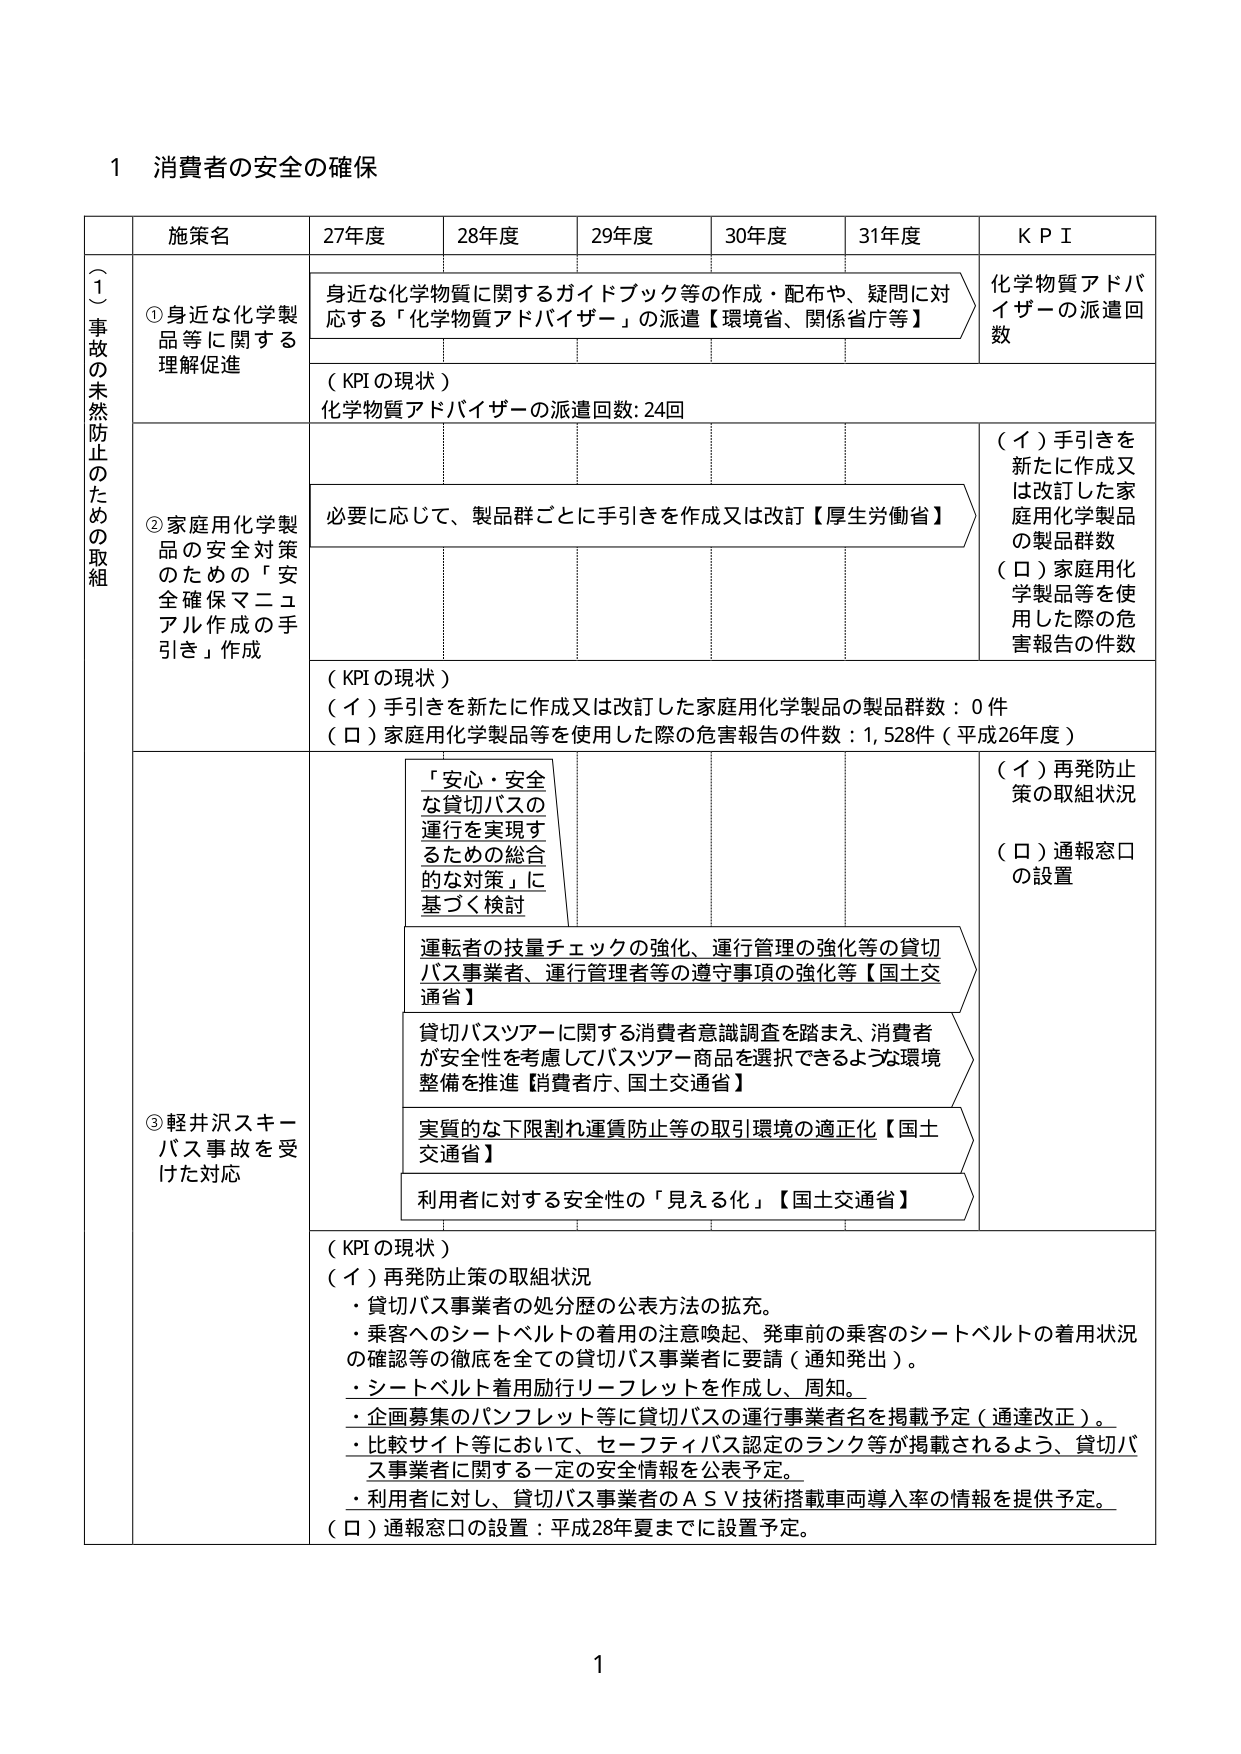
1 消費者の安全の確保

〔１〕事故の未然防止のための取組

施策名 27年度 28年度 29年度 30年度 31年度 KPI

①身近な化学製品等に関する理解促進
身近な化学物質に関するガイドブック等の作成・配布や、疑問に対応する「化学物質アドバイザー」の派遣【環境省、関係省庁等】
化学物質アドバイザーの派遣回数
（KPIの現状）
化学物質アドバイザーの派遣回数: 24回

②家庭用化学製品の安全対策のための「安全確保マニュアル作成の手引き」作成
必要に応じて、製品群ごとに手引きを作成又は改訂【厚生労働省】
（イ）手引きを新たに作成又は改訂した家庭用化学製品の製品群数
（ロ）家庭用化学製品等を使用した際の危害報告の件数
（KPIの現状）
（イ）手引きを新たに作成又は改訂した家庭用化学製品の製品群数：0件
（ロ）家庭用化学製品等を使用した際の危害報告の件数：1,528件（平成26年度）

③軽井沢スキーバス事故を受けた対応
「安心・安全な貸切バスの運行を実現するための総合的な対策」に基づく検討
運転者の技量チェックの強化、運行管理の強化等の貸切バス事業者、運行管理者等の遵守事項の強化等【国土交通省】
貸切バスツアーに関する消費者意識調査を踏まえ、消費者が安全性を考慮してバスツアー商品を選択できるような環境整備を推進【消費者庁、国土交通省】
実質的な下限割れ運賃防止等の取引環境の適正化【国土交通省】
利用者に対する安全性の「見える化」【国土交通省】
（イ）再発防止策の取組状況
（ロ）通報窓口の設置
（KPIの現状）
（イ）再発防止策の取組状況
・貸切バス事業者の処分歴の公表方法の拡充。
・乗客へのシートベルトの着用の注意喚起、発車前の乗客のシートベルトの着用状況の確認等の徹底を全ての貸切バス事業者に要請（通知発出）。
・シートベルト着用励行リーフレットを作成し、周知。
・企画募集のパンフレット等に貸切バスの運行事業者名を掲載予定（通達改正）。
・比較サイト等において、セーフティバス認定のランク等が掲載されるよう、貸切バス事業者に関する一定の安全情報を公表予定。
・利用者に対し、貸切バス事業者のＡＳＶ技術搭載車両導入率の情報を提供予定。
（ロ）通報窓口の設置：平成28年夏までに設置予定。

1